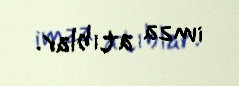
imza atıblar.